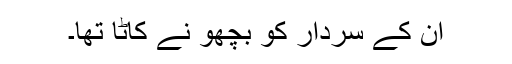
ان کے سردار کو بچھو نے کاٹا تھا۔